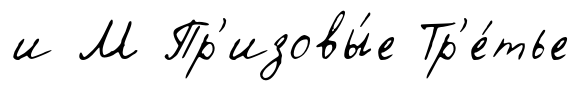
и М Пр'изовы́е Тр'е́тье